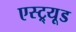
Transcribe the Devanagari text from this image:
एस्ट्र्यूड